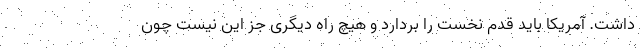
داشت. آمریکا باید قدم نخست را بردارد و هیچ راه دیگری جز این نیست چون